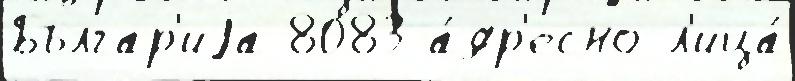
Българ'иjа 8083 а́др'есно л'ица́